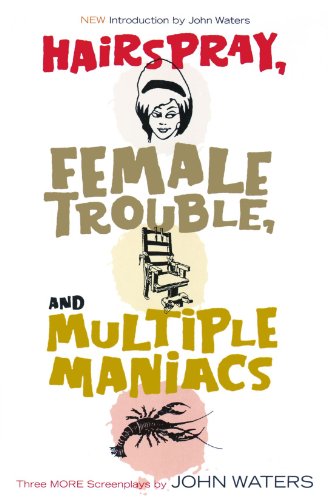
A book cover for Hairspray, Female Trouble, and Multiple Maniacs: Three More Screenplays; John Waters; Humor & Entertainment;